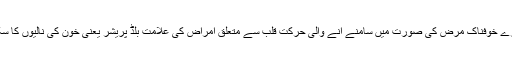
دنیا بھر میں سب سے بڑے خوفناک مرض کی صورت میں سامنے آنے والی حرکت قلب سے متعلق امراض کی علامت بلڈ پریشر یعنی خون کی نالیوں کا سکڑنا اور پھیلائو ہونا ہے۔